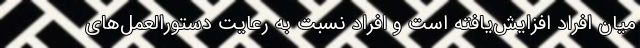
میان افراد افزایش‌یافته است و افراد نسبت به رعایت دستورالعمل‌های